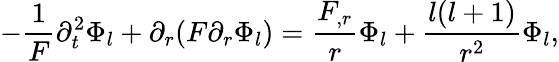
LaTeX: -\frac{1}{F}\partial_{t}^{2}\Phi_{l}+\partial_{r}(F\partial_{r}\Phi_{l})=\frac{F_{,r}}{r}\Phi_{l}+\frac{l(l+1)}{r^{2}}\Phi_{l},